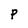
Character: p